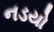
નડયો